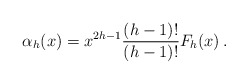
\begin{align*}\alpha_h(x)=x^{2h-1}{(h-1)!\over (h-1)!}F_h(x)\,.\end{align*}